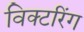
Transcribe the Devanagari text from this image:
विक्टरिंग